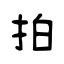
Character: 拍